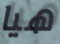
هيا